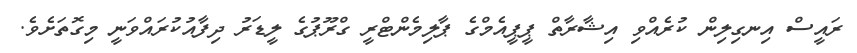
ރައީސް އިނގިލިން ކުރެއްވި އިޝާރާތް ޕީޕީއެމްގެ ޕާލިމެންޓްރީ ގްރޫޕުގެ ލީޑަރު ދިފާއުކުރައްވަނީ މިގޮތަށެވެ.